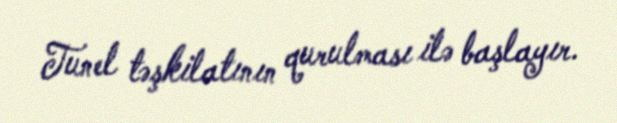
Tunel təşkilatının qurulması ilə başlayır.